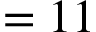
= 1 1